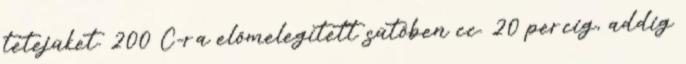
tetejüket. 200 C-ra előmelegített sütőben cc. 20 percig, addig